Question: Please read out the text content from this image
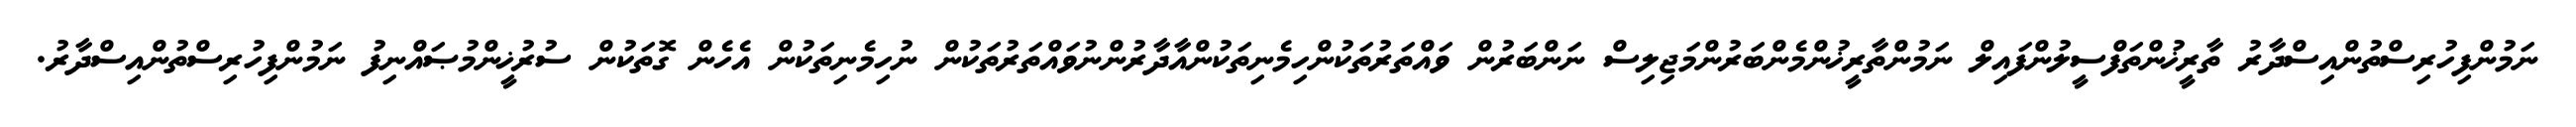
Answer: ނަމުންފިހުރިސްތުންއިސްދާރު ތާރީޚުންތަފްސީލުންފައިލް ނަމުންތާރީޚުންމެންބަރުންމަޖިލިސް ނަންބަރުން ވައްތަރުތަކުންހިމެނިތަކުންއާދާރުންނުވައްތަރުތަކުން ނުހިމެނިތަކުން އެހެން ގޮތަކުން ސުރުޚީންމުޞައްނިފު ނަމުންފިހުރިސްތުންއިސްދާރު.